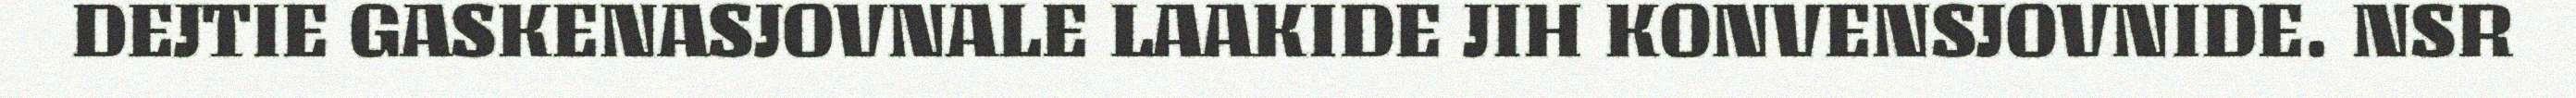
DEJTIE GASKENASJOVNALE LAAKIDE JIH KONVENSJOVNIDE. NSR